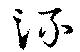
流